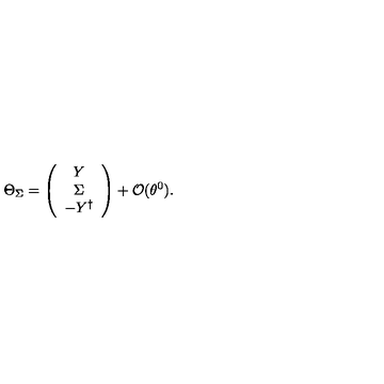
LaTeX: \Theta _ { \Sigma } = \left( \begin{array} { c } { Y } \\ { \Sigma } \\ { - Y ^ { \dagger } } \\ \end{array} \right) + { \cal O } ( \theta ^ { 0 } ) .